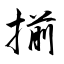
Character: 揃